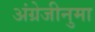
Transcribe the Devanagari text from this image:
अंग्रेजीनुमा